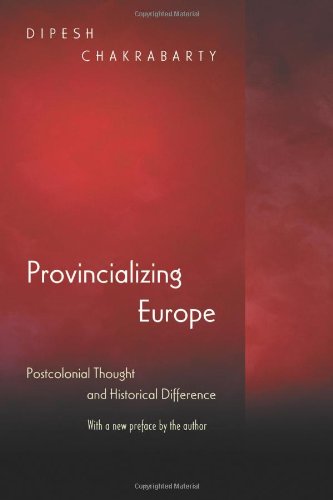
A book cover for Provincializing Europe: Postcolonial Thought and Historical Difference (Princeton Studies in Culture/Power/History); Dipesh Chakrabarty; History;